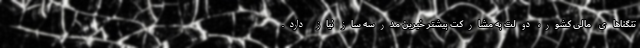
تنگناهای مالی کشور، دولت به مشارکت بیشتر خیرین مدرسه ساز نیاز دارد.